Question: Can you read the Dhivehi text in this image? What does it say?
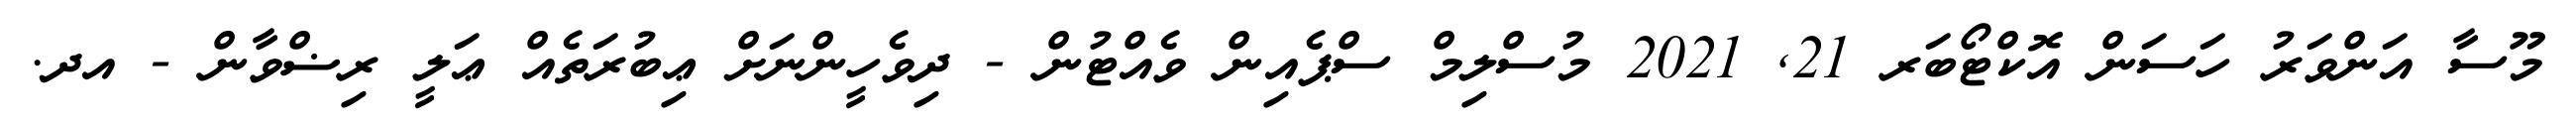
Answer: މޫސާ އަންވަރު ހަސަން އޮކްޓޯބަރ 21, 2021 މުސްލިމް ސްޕެއިން ވެއްޓުން - ދިވެހީންނަށް ޢިބުރަތެއް ޢަލީ ރިޟްވާން - އދ.